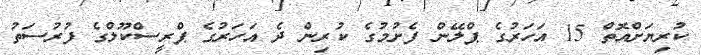
ކުރިޔަށްއޮތް 15 އަހަރުގެ ޕްލޭން ފެށުމުގެ ކުރިން ދެ އަހަރުގެ ޕްރީސްކޫލްގެ ފުރުސަތު